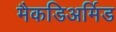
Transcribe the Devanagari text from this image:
मैकडिअर्मिड